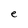
Character: e